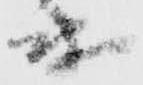
衛